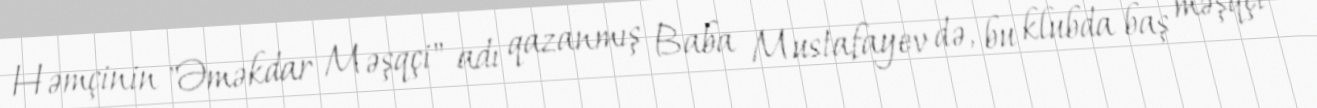
Həmçinin "Əməkdar Məşqçi" adı qazanmış Baba Mustafayev də, bu klubda baş məşqçi